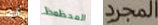
كل المحظوظ المجرد